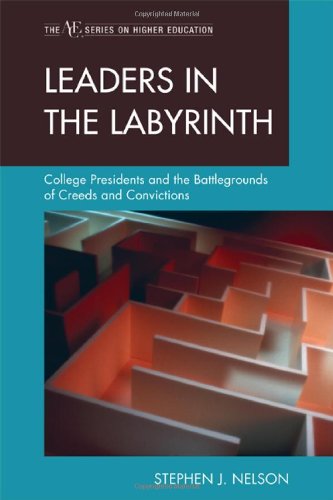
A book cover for Leaders in the Labyrinth: College Presidents and the Battlegrounds of Creeds and Convictions (The Ace/Praeger Series on Higher Education); Stephen J. Nelson; Education & Teaching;